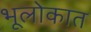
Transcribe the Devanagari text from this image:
भूलोकात